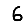
Digit: 6